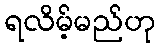
ရလိမ့်မည်ဟု